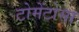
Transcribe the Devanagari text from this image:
टोमेंटोसा